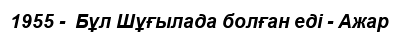
1955 -  Бұл Шұғылада болған еді - Ажар